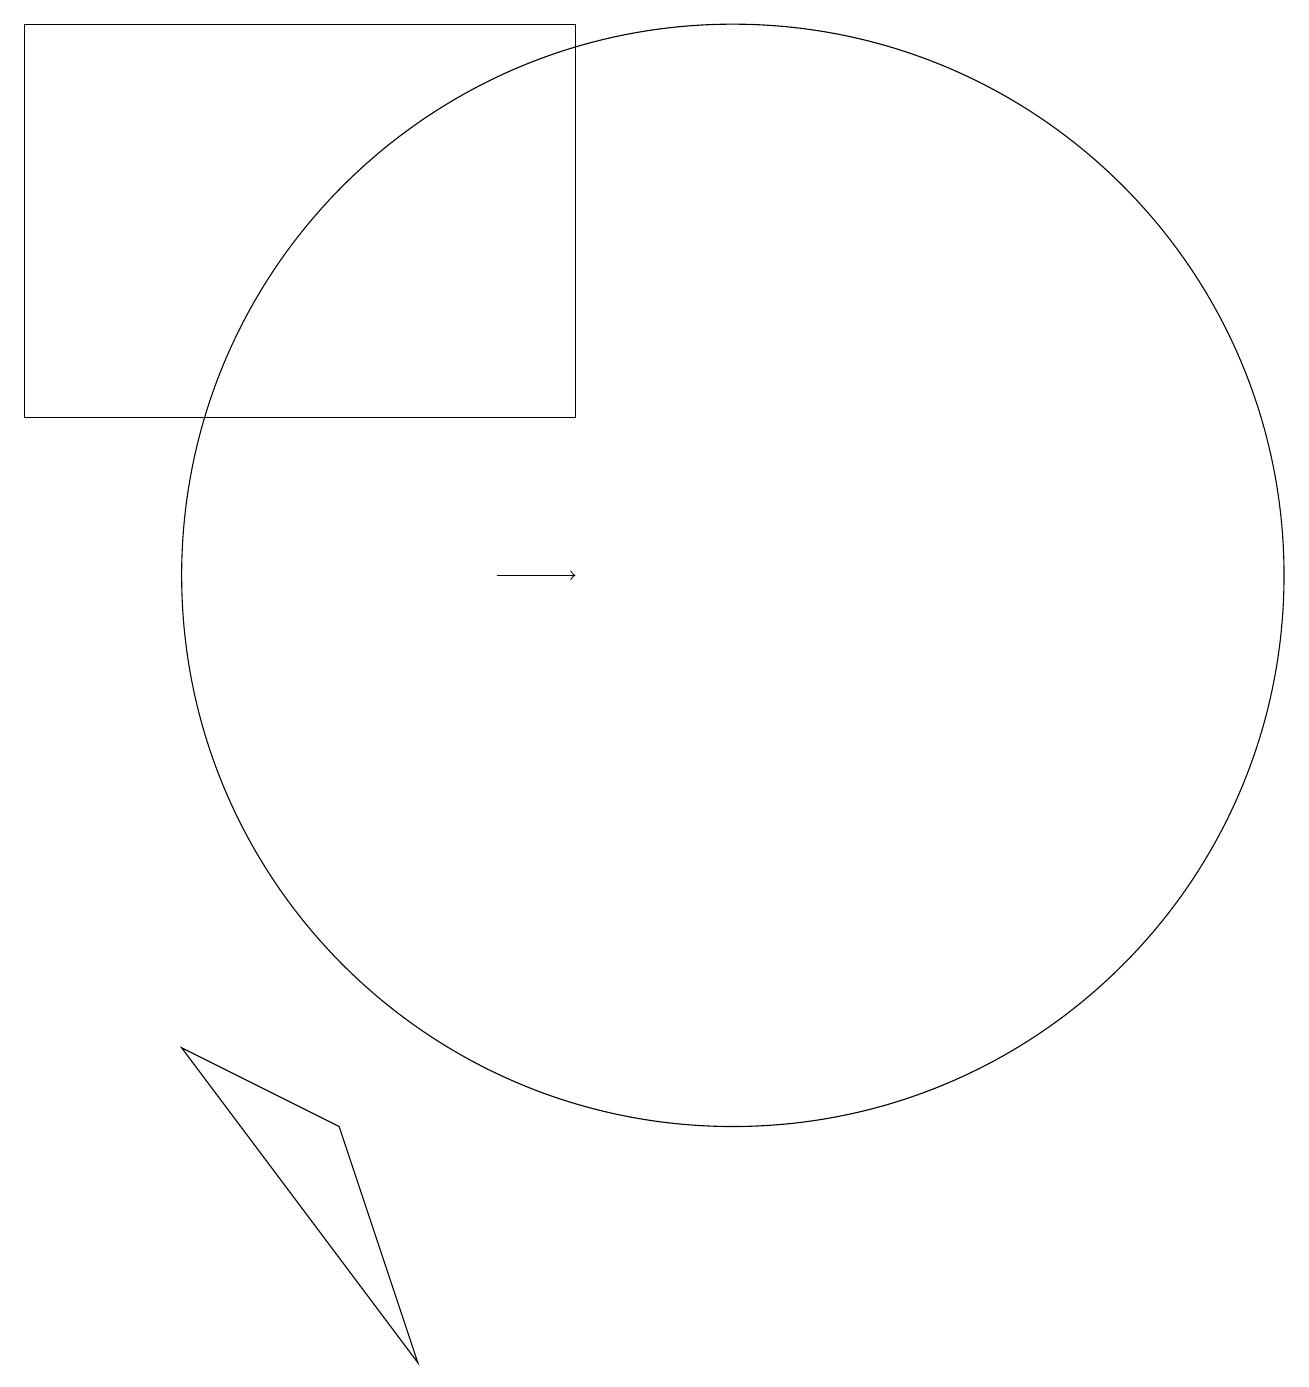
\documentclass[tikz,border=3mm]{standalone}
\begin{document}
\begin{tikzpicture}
\draw (1,19) rectangle (8,14);
\draw (10,12) circle (7);
\draw[->] (7,12) -- (8,12);
\draw (3,6) -- (5,5) -- (6,2) -- cycle;
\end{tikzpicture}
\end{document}